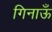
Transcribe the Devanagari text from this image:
गिनाऊँ